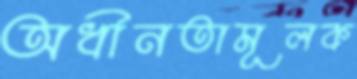
অধীনতামূলক